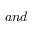
a n d